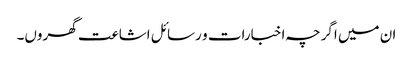
ان میں اگرچہ اخبارات و رسائل اشاعت گھروں۔